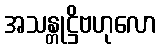
အသန္တုဋ္ဌိဗဟုလော